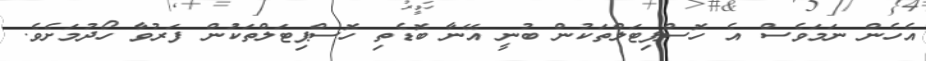
އެހެން ނަމަވެސް އެ ހޮސްޕިޓަލްތަކުން ބުނީ އޭނާ ބޮޑެތި ހޮސްޕިޓަލްތަކަުން ފަރުވާ ހޯދުމަށެވެ.